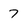
Character: 7